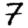
Digit: 7